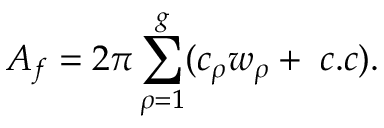
A _ { f } = 2 \pi \sum _ { \rho = 1 } ^ { g } ( c _ { \rho } w _ { \rho } + \; c . c ) .